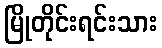
မြိုတိုင်းရင်းသား